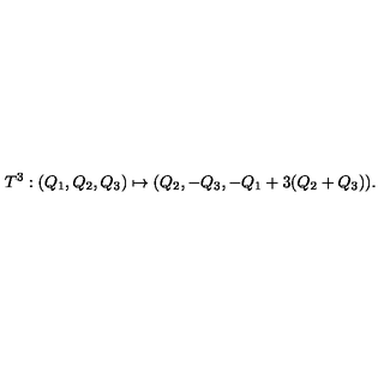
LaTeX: T ^ { 3 } : ( Q _ { 1 } , Q _ { 2 } , Q _ { 3 } ) \mapsto ( Q _ { 2 } , - Q _ { 3 } , - Q _ { 1 } + 3 ( Q _ { 2 } + Q _ { 3 } ) ) .